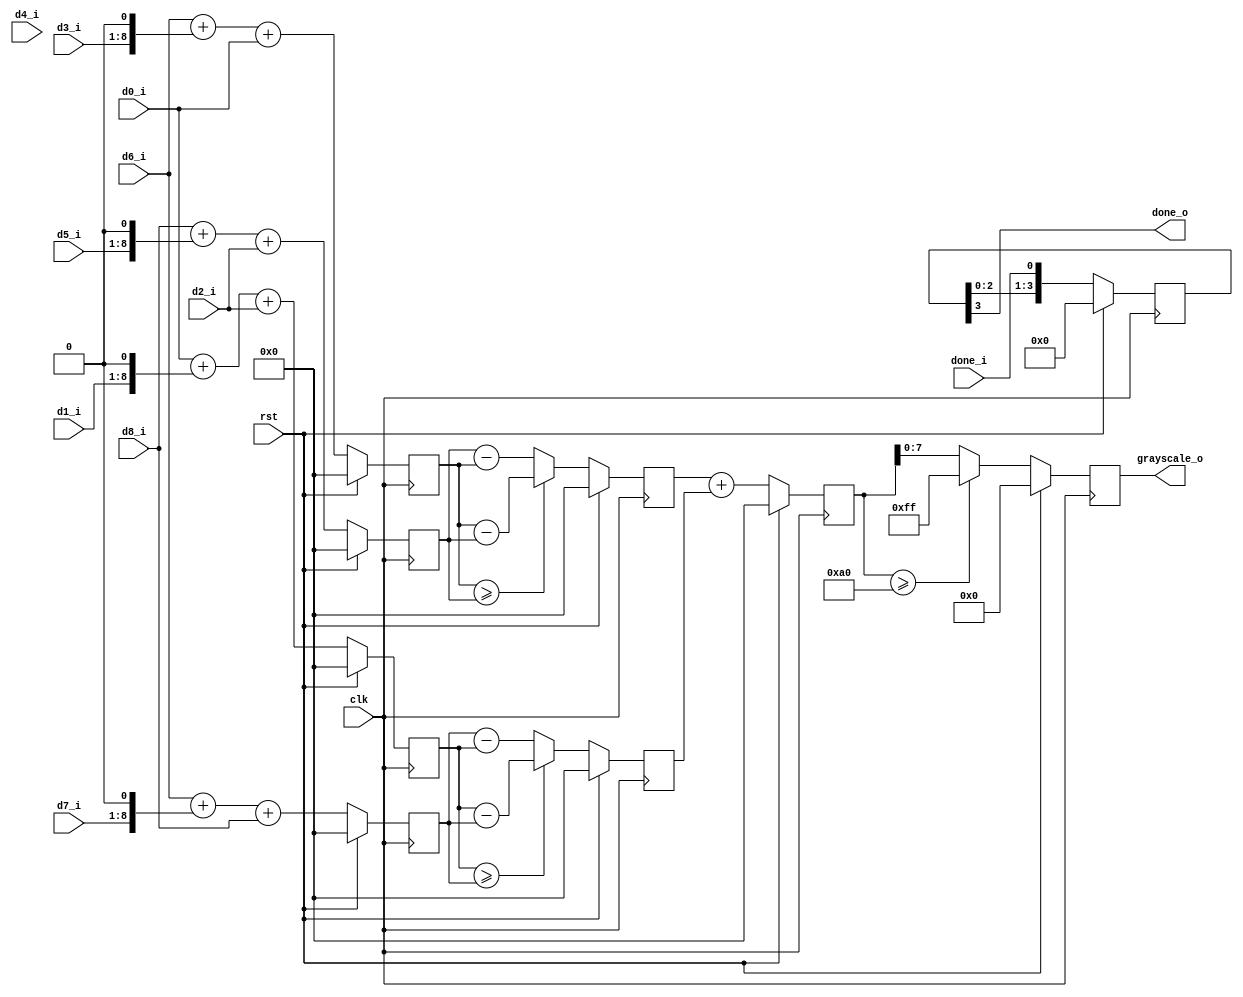
`timescale 1ns / 1ps
//////////////////////////////////////////////////////////////////////////////////
// Company: 
// Engineer: 
// 
// Design Name: 
// Module Name: sobel_calc
// Project Name: 
// Target Devices: 
// Tool Versions: 
// Description: 
// 
// Dependencies: 
// 
// Revision:
// Revision 0.01 - File Created
// Additional Comments:
// 
//////////////////////////////////////////////////////////////////////////////////


module sobel_calc(
    input clk,
    input rst,

    input [7 : 0] d0_i,
    input [7 : 0] d1_i,
    input [7 : 0] d2_i,
    input [7 : 0] d3_i,
    input [7 : 0] d4_i,
    input [7 : 0] d5_i,
    input [7 : 0] d6_i,
    input [7 : 0] d7_i,
    input [7 : 0] d8_i,
    input done_i,

    output reg [7 : 0] grayscale_o,
    output done_o
    );

reg [9 : 0] gx_p;
reg [9 : 0] gx_n;
reg [9 : 0] gx_d;

reg [9 : 0] gy_p;
reg [9 : 0] gy_n;
reg [9 : 0] gy_d;

reg [9 : 0] g_sum;

reg [3 : 0] done_shift;

always @(posedge clk) begin
    if (rst) begin
        gx_p <= 0;
        gx_n <= 0;
    end else begin
        gx_p <= d6_i + (d3_i << 1) + d0_i;
        gx_n <= d8_i + (d5_i << 1) + d2_i;
    end
end

always @(posedge clk) begin
    if (rst) begin
        gy_p <= 0;
        gy_n <= 0;
    end else begin
        gy_p <= d0_i + (d1_i << 1) + d2_i;
        gy_n <= d6_i + (d7_i << 1) + d8_i;
    end
end

always @(posedge clk) begin
    if (rst) begin
        gx_d <= 0;
    end else begin
        gx_d <= (gx_p >= gx_n) ? (gx_p - gx_n) : (gx_n - gx_p); 
    end
end

always @(posedge clk) begin
    if (rst) begin
        gy_d <= 0;
    end else begin
        gy_d <= (gy_p >= gy_n) ? (gy_p - gy_n) : (gy_n - gy_p);
    end
end

always @(posedge clk) begin
    if (rst) begin
        g_sum <= 0;
    end else begin
        g_sum <= gx_d + gy_d;
    end
end

always @(posedge clk) begin
    if (rst) begin
        grayscale_o <= 0;
    end else begin
        grayscale_o <= (g_sum >= 8'd160) ? 8'd255 : g_sum[7 : 0];
        //grayscale_o <= g_sum;
    end
end

always @(posedge clk) begin
    if (rst) begin
        done_shift <= 0;
    end else begin
        done_shift <= {done_shift[2 : 0], done_i};
    end
end
    
assign done_o = done_shift[3];

endmodule